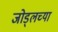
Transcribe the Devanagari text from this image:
जोड्लच्या